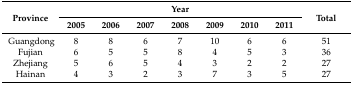
<table><thead><tr><td rowspan="2"><b>Province</b></td><td colspan="7"><b>Year</b></td><td rowspan="2"><b>Total</b></td></tr><tr><td><b>2005</b></td><td><b>2006</b></td><td><b>2007</b></td><td><b>2008</b></td><td><b>2009</b></td><td><b>2010</b></td><td><b>2011</b></td></tr></thead><tbody><tr><td>Guangdong</td><td>8</td><td>8</td><td>6</td><td>7</td><td>10</td><td>6</td><td>6</td><td>51</td></tr><tr><td>Fujian</td><td>6</td><td>5</td><td>5</td><td>8</td><td>4</td><td>5</td><td>3</td><td>36</td></tr><tr><td>Zhejiang</td><td>5</td><td>6</td><td>5</td><td>4</td><td>3</td><td>2</td><td>2</td><td>27</td></tr><tr><td>Hainan</td><td>4</td><td>3</td><td>2</td><td>3</td><td>7</td><td>3</td><td>5</td><td>27</td></tr></tbody></table>